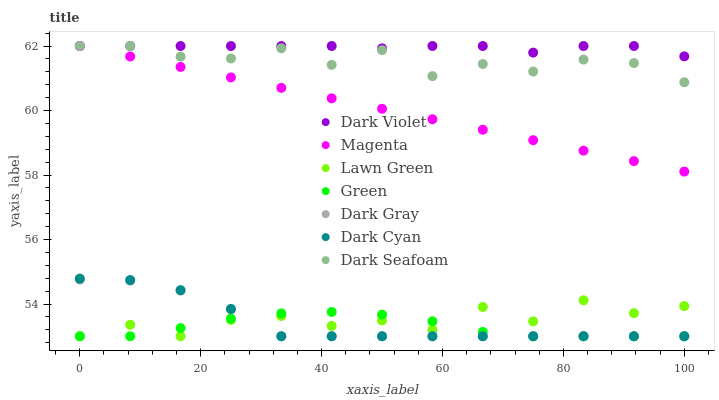
| xaxis_label | Dark Violet | Magenta | Lawn Green | Green | Dark Gray | Dark Cyan | Dark Seafoam |
 | --- | --- | --- | --- | --- | --- | --- | --- |
 | 0 | 62 | 62 | 53 | 53 | 54.8 | 54.8 | 62 |
 | 8.33 | 62 | 61.7 | 53.4 | 53 | 54.7 | 54.7 | 62 |
 | 16.7 | 62 | 61.4 | 53 | 53.3 | 54.4 | 54.4 | 61.7 |
 | 25 | 62 | 61 | 53.5 | 53.5 | 53.8 | 53.8 | 61.6 |
 | 33.3 | 62 | 60.7 | 53.6 | 53.7 | 53 | 53 | 61.9 |
 | 41.7 | 62 | 60.4 | 53.3 | 53.8 | 53 | 53 | 61.4 |
 | 50 | 61.9 | 60.1 | 53.5 | 53.7 | 53 | 53 | 61.9 |
 | 58.3 | 62 | 59.7 | 53.2 | 53.5 | 53 | 53 | 61.1 |
 | 66.7 | 62 | 59.4 | 53.9 | 53.1 | 53 | 53 | 61.4 |
 | 75 | 61.8 | 59.1 | 53.5 | 53 | 53 | 53 | 61.2 |
 | 83.3 | 62 | 58.8 | 54.1 | 53 | 53 | 53 | 61.6 |
 | 91.7 | 62 | 58.4 | 53.7 | 53 | 53 | 53 | 61.5 |
 | 100 | 61.7 | 58.1 | 53.9 | 53 | 53 | 53 | 60.9 |